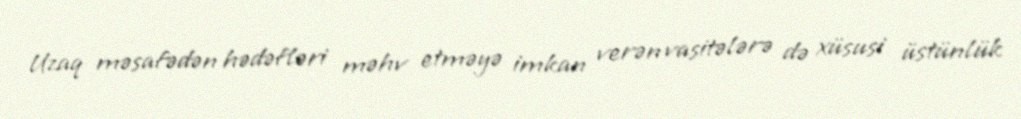
Uzaq məsafədən hədəfləri məhv etməyə imkan verən vasitələrə də xüsusi üstünlük